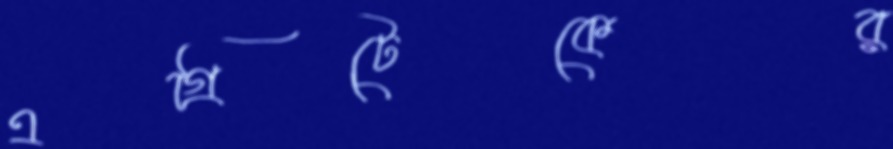
এগ্রিটেকের